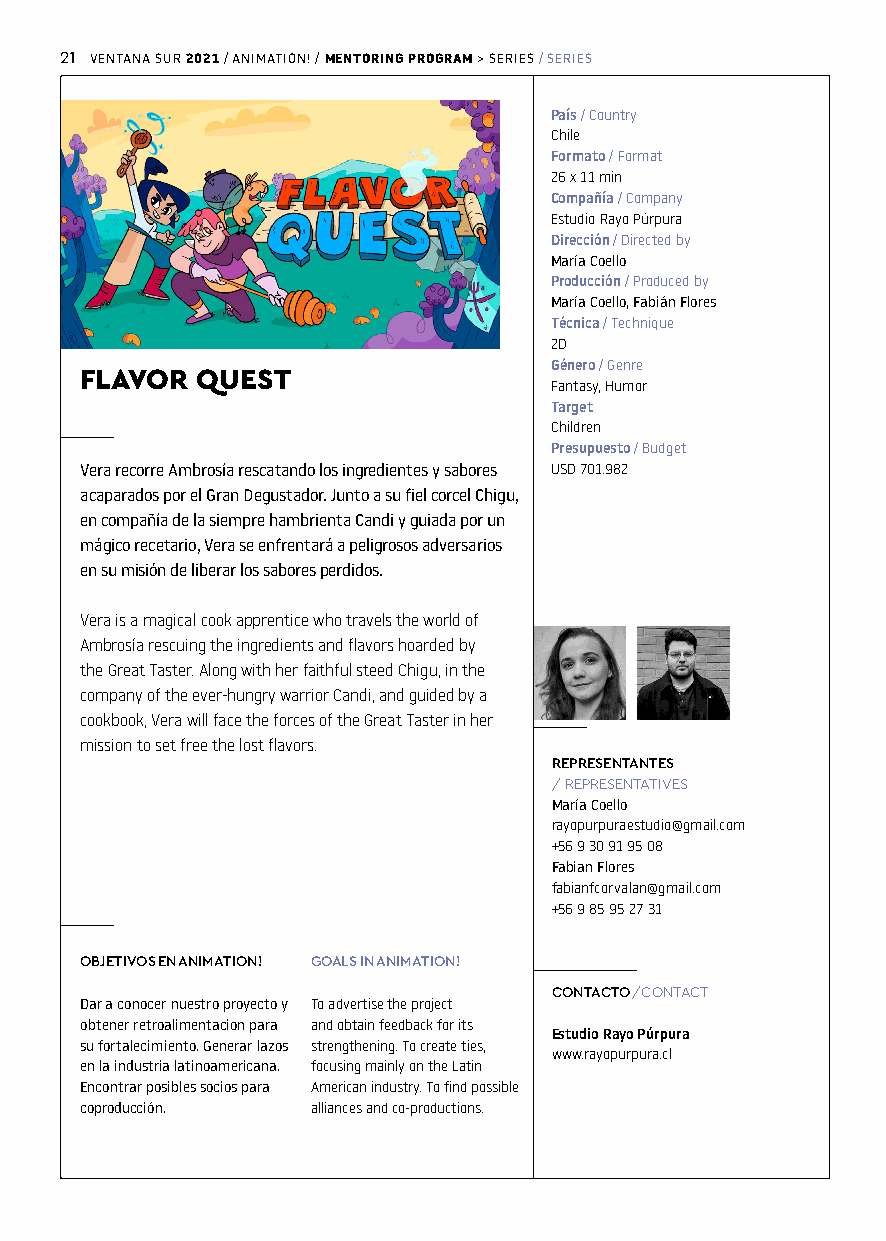
21 VENTANA SUR / ANIMATION! / > SERIES / SERIES
 2021     MENTORING PROGRAM
 País / Country
 Chile
 Formato / Format
 26 x 11 min
 Compañía / Company
 Estudio Rayo Púrpura
 Dirección / Directed by
 María Coello
 Producción / Produced by
 María Coello, Fabián Flores
 Técnica / Technique
 2D
 Género / Genre
 FLAVOR  QUEST
 Fantasy, Humor
 Target
 Children
 Presupuesto / Budget
 Vera recorre Ambrosía rescatando los ingredientes y sabores USD 701.982
 acaparados por el Gran Degustador. Junto a su fiel corcel Chigu,
 en compañía de la siempre hambrienta Candi y guiada por un
 mágico recetario, Vera se enfrentará a peligrosos adversarios
 en su misión de liberar los sabores perdidos.
 Vera is a magical cook apprentice who travels the world of
 Ambrosía rescuing the ingredients and flavors hoarded by
 the Great Taster. Along with her faithful steed Chigu, in the
 company of the ever-hungry warrior Candi, and guided by a
 cookbook, Vera will face the forces of the Great Taster in her
 mission to set free the lost flavors.
 REPRESENTANTES
 / REPRESENTATIVES
 María Coello
 rayopurpuraestudio@gmail.com
 +56 9 30 91 95 08
 Fabian Flores
 fabianfcorvalan@gmail.com
 +56 9 85 95 27 31
 OBJETIVOS EN ANIMATION! GOALS IN ANIMATION!
 CONTACTO /C ONTACT
 Dar a conocer nuestro proyecto y To advertise the project
 obtener retroalimentacion para and obtain feedback for its
 Estudio Rayo Púrpura
 su fortalecimiento. Generar lazos strengthening. To create ties,
 www.rayopurpura.cl
 en la industria latinoamericana. focusing mainly on the Latin
 Encontrar posibles socios para American industry. To find possible
 coproducción.   alliances and co-productions.